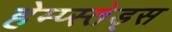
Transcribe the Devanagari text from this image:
हेम्प्स्तेड्स